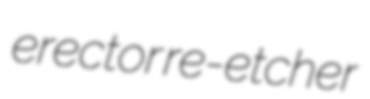
erector re-etcher